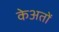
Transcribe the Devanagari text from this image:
केअतों